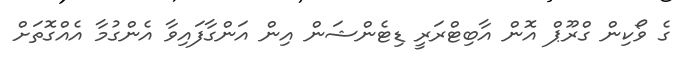
ގެ ވޯކިން ގްރޫޕް އޮން އާބިޓްރަރީ ޑިޓެންޝަން އިން އަންގާފައިވާ އެންގުމާ އެއްގޮތަށް